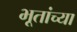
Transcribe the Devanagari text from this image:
भूतांच्या